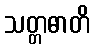
သတ္တဓာတိ